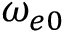
\omega _ { e 0 }